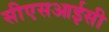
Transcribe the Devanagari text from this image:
सीएसआईसी